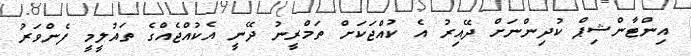
އިންޓާންޝިޕް ކުދިންނަށް ދޭއިރު އެ ކުއްޖަކަށް ތަމްރީނު ދޭނީ އެކުއްޖެއްގެ ތައުލީމީ ފެންވަރު